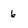
Character: 6